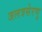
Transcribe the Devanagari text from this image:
जलत्रसेरणु